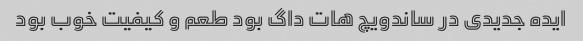
ایده جدیدی در ساندویچ هات داگ بود طعم و کیفیت خوب بود